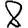
Digit: 8